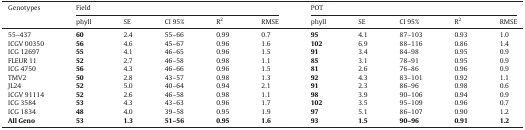
<table><thead><tr><td><b>Genotypes</b></td><td colspan="5"><b>Field</b></td><td colspan="5"><b>POT</b></td></tr><tr><td></td><td><b>phyll</b></td><td><b>SE</b></td><td><b>CI 95%</b></td><td><b>R<sup>2</sup></b></td><td><b>RMSE</b></td><td><b>phyll</b></td><td><b>SE</b></td><td><b>CI 95%</b></td><td><b>R<sup>2</sup></b></td><td><b>RMSE</b></td></tr></thead><tbody><tr><td>55–437</td><td><b>60</b></td><td>2.4</td><td>55–66</td><td>0.99</td><td>0.7</td><td><b>95</b></td><td>4.1</td><td>87–103</td><td>0.93</td><td>1.0</td></tr><tr><td>ICGV 00350</td><td><b>56</b></td><td>4.6</td><td>45–67</td><td>0.96</td><td>1.6</td><td><b>102</b></td><td>6.9</td><td>88–116</td><td>0.86</td><td>1.4</td></tr><tr><td>ICG 12697</td><td><b>55</b></td><td>4.1</td><td>46–65</td><td>0.96</td><td>1.5</td><td><b>91</b></td><td>3.4</td><td>84–98</td><td>0.95</td><td>0.9</td></tr><tr><td>FLEUR 11</td><td><b>52</b></td><td>2.7</td><td>46–58</td><td>0.98</td><td>1.1</td><td><b>85</b></td><td>3.1</td><td>78–91</td><td>0.95</td><td>0.9</td></tr><tr><td>ICG 4750</td><td><b>56</b></td><td>4.3</td><td>46–66</td><td>0.96</td><td>1.5</td><td><b>81</b></td><td>2.6</td><td>76–86</td><td>0.96</td><td>0.9</td></tr><tr><td>TMV2</td><td><b>50</b></td><td>2.8</td><td>43–57</td><td>0.98</td><td>1.3</td><td><b>92</b></td><td>4.3</td><td>83–101</td><td>0.92</td><td>1.1</td></tr><tr><td>JL24</td><td><b>52</b></td><td>5.0</td><td>40–64</td><td>0.94</td><td>2.1</td><td><b>91</b></td><td>2.3</td><td>86–96</td><td>0.98</td><td>0.6</td></tr><tr><td>ICGV 91114</td><td><b>52</b></td><td>2.6</td><td>46–58</td><td>0.98</td><td>1.1</td><td><b>98</b></td><td>3.9</td><td>90–106</td><td>0.94</td><td>0.9</td></tr><tr><td>ICG 3584</td><td><b>53</b></td><td>4.3</td><td>43–63</td><td>0.96</td><td>1.7</td><td><b>102</b></td><td>3.5</td><td>95–109</td><td>0.96</td><td>0.7</td></tr><tr><td>ICG 1834</td><td><b>48</b></td><td>4.0</td><td>39–58</td><td>0.95</td><td>1.9</td><td><b>97</b></td><td>5.1</td><td>86–107</td><td>0.90</td><td>1.2</td></tr><tr><td><b>All Geno</b></td><td><b>53</b></td><td><b>1.3</b></td><td><b>51–56</b></td><td><b>0.95</b></td><td><b>1.6</b></td><td><b>93</b></td><td><b>1.5</b></td><td><b>90–96</b></td><td><b>0.91</b></td><td><b>1.2</b></td></tr></tbody></table>